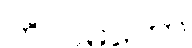
ကိလမတော